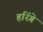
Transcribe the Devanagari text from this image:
हरिंगे